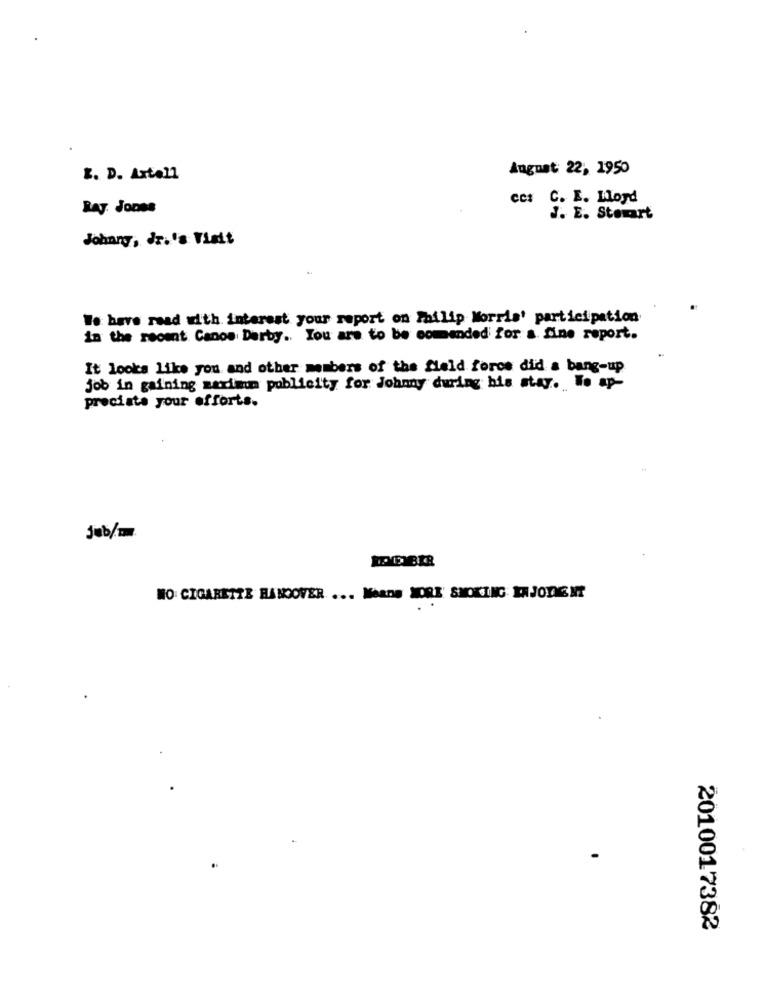
August: 22, 1950
E. D. Astell
ces C. E. Mord
Bay. Jones
J. E. Stewart
Johnny, Jr.'s Visit
We have read with interest your report on Philip Morris' participation
in the recent Canos Derby .. You are to be comended for a fine report.
It looks Like you and other members of the field foros did a bang-up
job in gaining maxima publicity for Johnny during his stay. We ap-
preciate your efforts.
jub/m
NO CIGARETTE BANOOVER ... Means MORE' SMOKING ENJOYMENT
2010017382